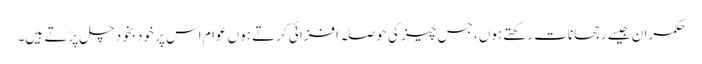
حکمران جیسے رجحانات رکھتے ہوں، جس چیز کی حوصلہ افزائی کرتے ہوں عوام اس پر خودبخود چل پڑتے ہیں۔